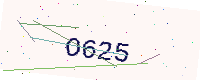
Text: O625